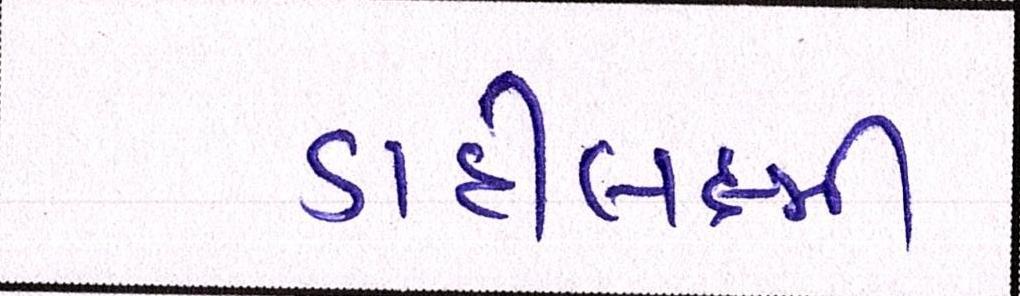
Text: ડાહીલક્ષ્મી